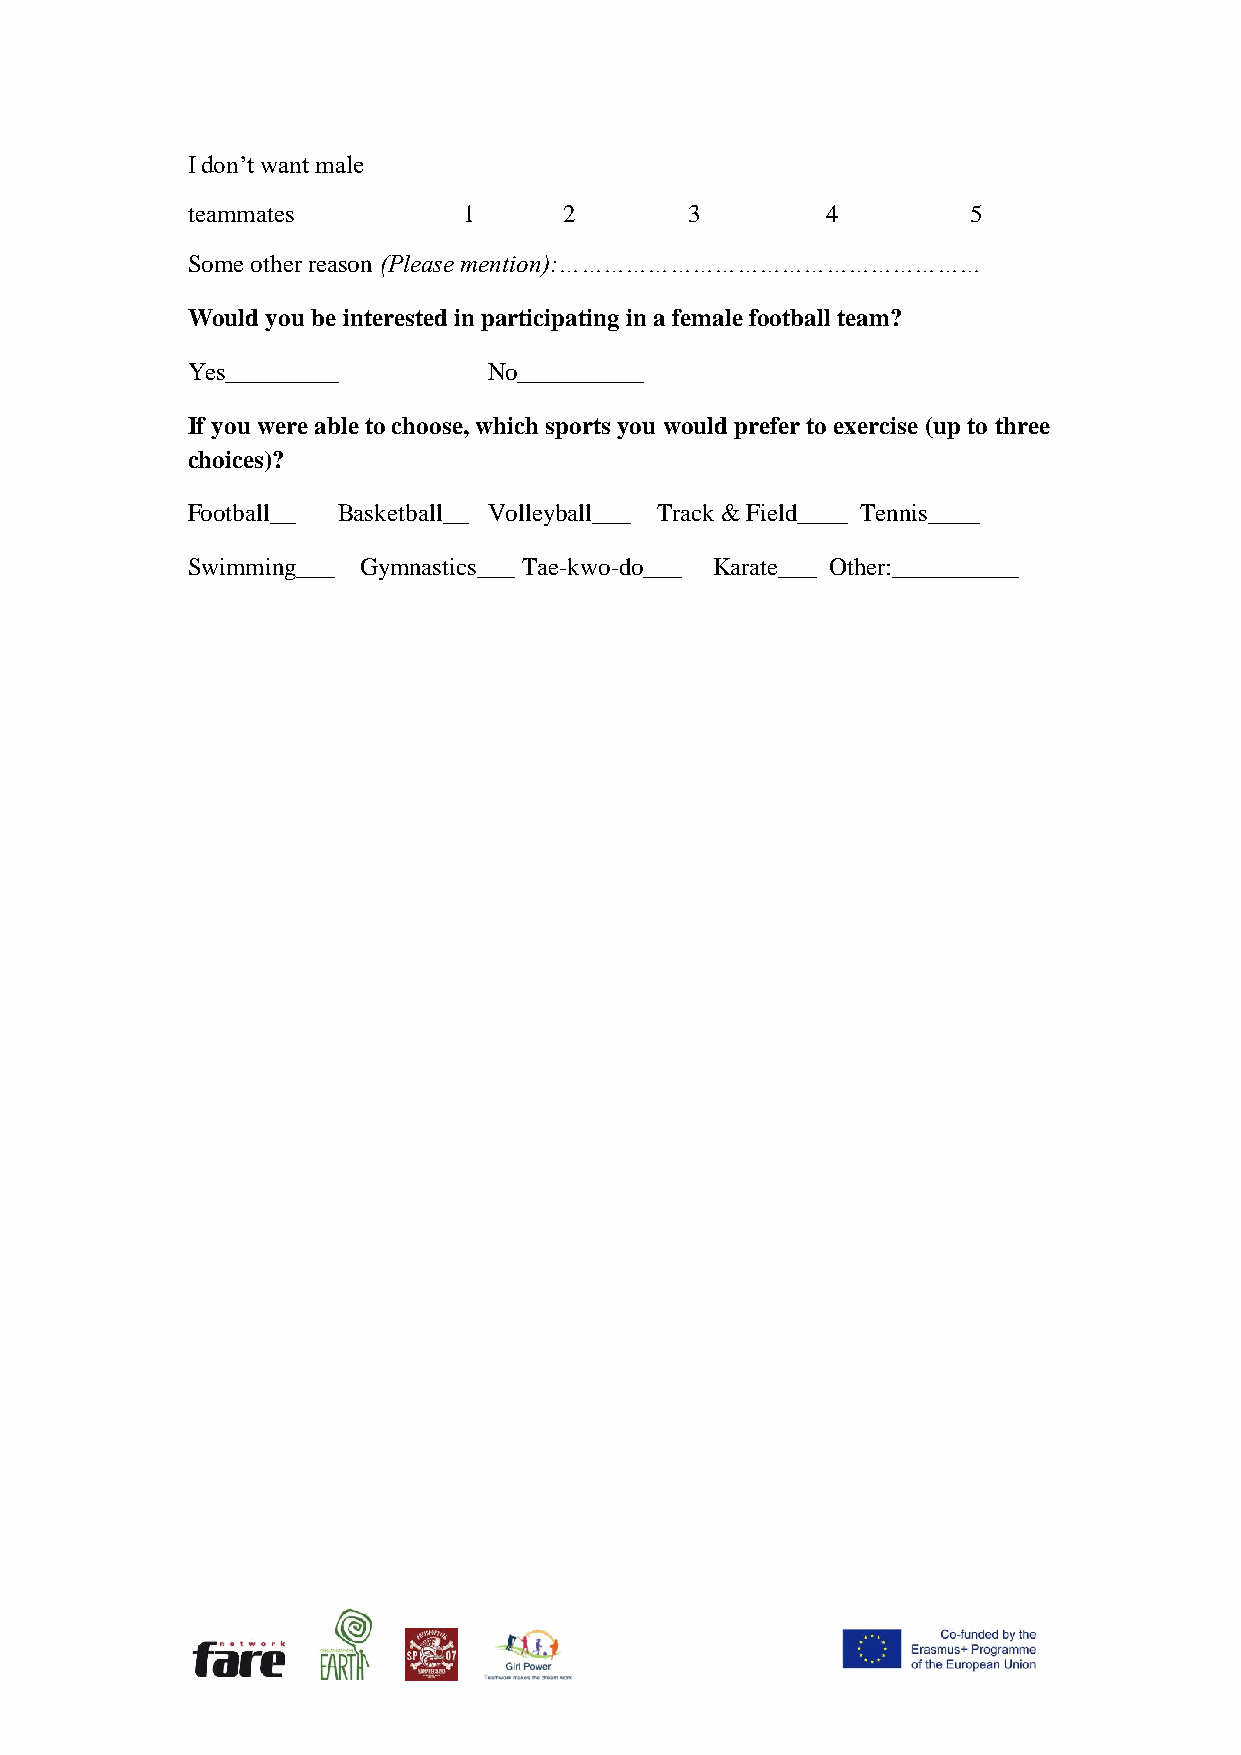
I don’t want male
 teammates          1     2        3        4        5
 Some other reason (Please mention):…………………………………………………
 Would you be interested in participating in a female football team?
 Yes_________        No__________
 If you were able to choose, which sports you would prefer to exercise (up to three
 choices)?
 Football__ Basketball__ Volleyball___ Track & Field____ Tennis____
 Swimming___ Gymnastics___ Tae-kwo-do___ Karate___ Other:__________